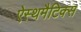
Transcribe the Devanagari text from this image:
ऐस्थमैटिक्स